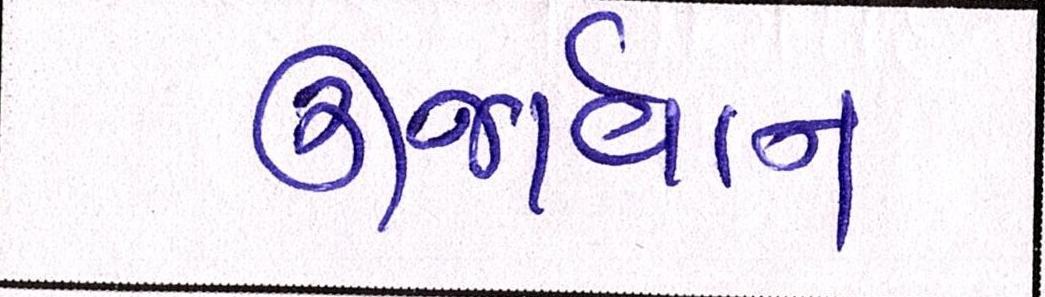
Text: ઊર્જાવાન